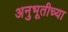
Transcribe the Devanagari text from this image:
अनुभूतीच्या